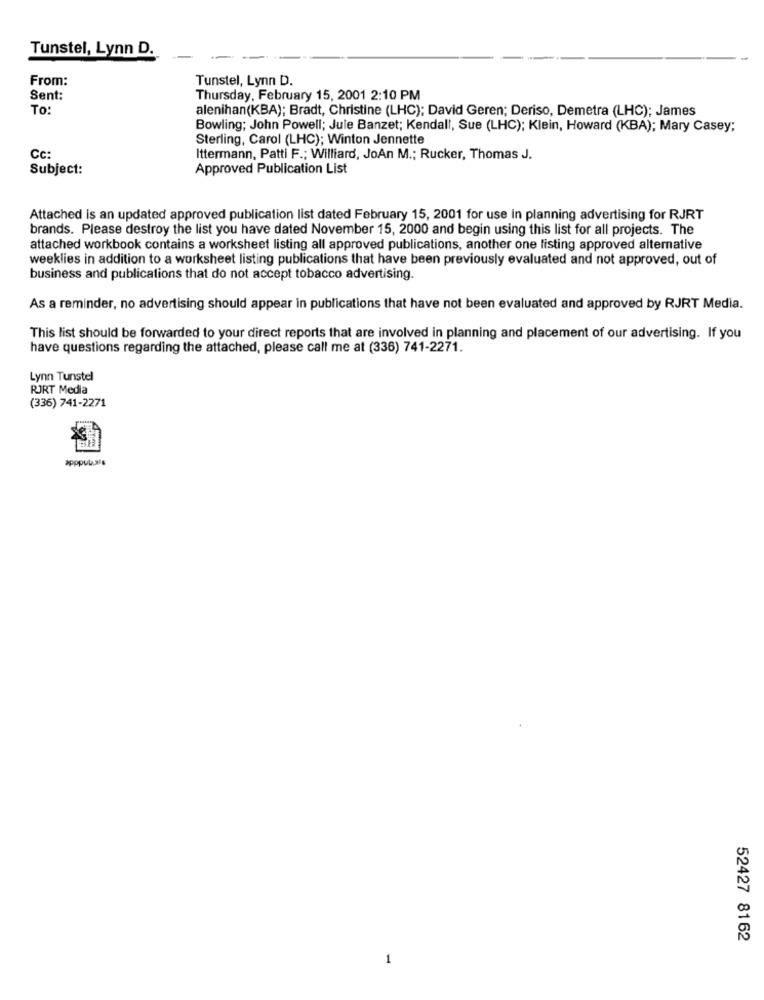
Tunstel, Lynn D.
From:
Tunstel, Lynn D.
Sent:
Thursday, February 15, 2001 2:10 PM
To:
alenihan(KBA); Bradt, Christine (LHC); David Geren; Deriso, Demetra (LHC); James
Bowling; John Powell; Jule Banzet; Kendall, Sue (LHC); Klein, Howard (KBA); Mary Casey;
Sterling, Carol (LHC); Winton Jennette
Cc:
Ittermann, Patti F .; Williard, JoAn M .; Rucker, Thomas J.
Subject:
Approved Publication List
Attached is an updated approved publication list dated February 15, 2001 for use in planning advertising for RJRT
brands. Please destroy the list you have dated November 15, 2000 and begin using this list for all projects. The
attached workbook contains a worksheet listing all approved publications, another one listing approved alternative
weeklies in addition to a worksheet listing publications that have been previously evaluated and not approved, out of
business and publications that do not accept tobacco advertising.
As a reminder, no advertising should appear in publications that have not been evaluated and approved by RJRT Media.
This list should be forwarded to your direct reports that are involved in planning and placement of our advertising. If you
have questions regarding the attached, please call me at (336) 741-2271.
Lynn Tunstel
RJRT Media
(336) 741-2271
apppulls
52427 8162
1